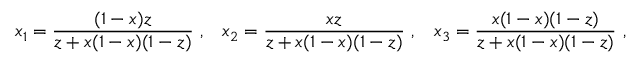
x _ { 1 } = \frac { ( 1 - x ) z } { z + x ( 1 - x ) ( 1 - z ) } ~ , \; \; \; x _ { 2 } = \frac { x z } { z + x ( 1 - x ) ( 1 - z ) } ~ , \; \; \; x _ { 3 } = \frac { x ( 1 - x ) ( 1 - z ) } { z + x ( 1 - x ) ( 1 - z ) } ~ ,